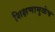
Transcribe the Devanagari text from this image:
शिक्षणामुळेच